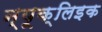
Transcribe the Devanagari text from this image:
न्यूक्‍लिइक